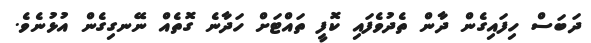
ދަބަސް ހިފައިގެން ދާން ތެދުވެފައި ކޮފީ ތައްޓަށް ހަދާނެ ގޮތެއް ނޭނގިގެން އުޅުނެވެ.